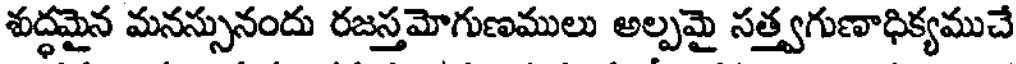
శుద్ధమైన మనస్సునందు రజస్తమోగుణములు అల్పమై సత్త్వగుణాధిక్యముచే